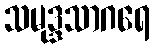
သမုဒ္ဒသာဂရေ